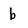
Character: b